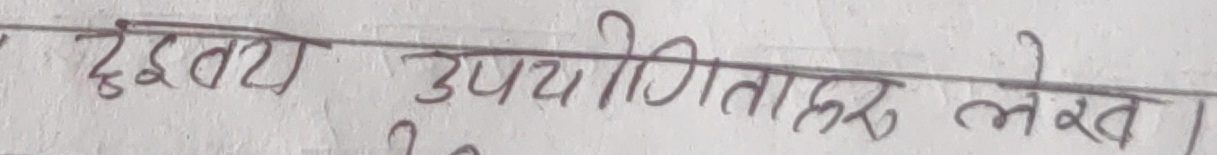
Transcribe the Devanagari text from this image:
द्वित्व उपयोगिता लेखा